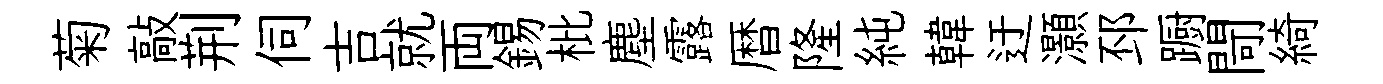
菊敲荆伺吉就両錫枇塵露暦隆純韓迂灝邳蹰閜綺